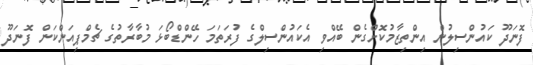
ފޮނަދޫ ކައުންސިލުން އިންތިޒާމުކޮށްގެން ބޭއްވި އެކައުންސިލްގެ ފުރަތަމަ ހޭންޑްބޯޅަ މުބާރާތުގެ ޗެމްޕިއަންކަން ފޮނަދޫ